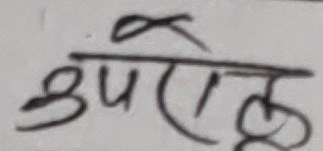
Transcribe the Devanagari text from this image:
उपरोक्त